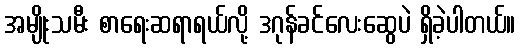
အမျိုးသမီး စာရေးဆရာရယ်လို့ ဒဂုန်ခင်လေးဆွေပဲ ရှိခဲ့ပါတယ်။